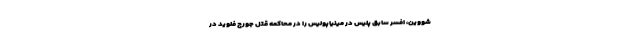
شووین، افسر سابق پلیس در مینیاپولیس را در محاکمه قتل جورج فلوید در